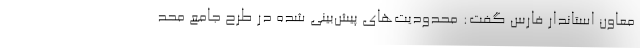
معاون استاندار فارس گفت: محدودیت‌های پیش‌بینی شده در طرح جامع محد